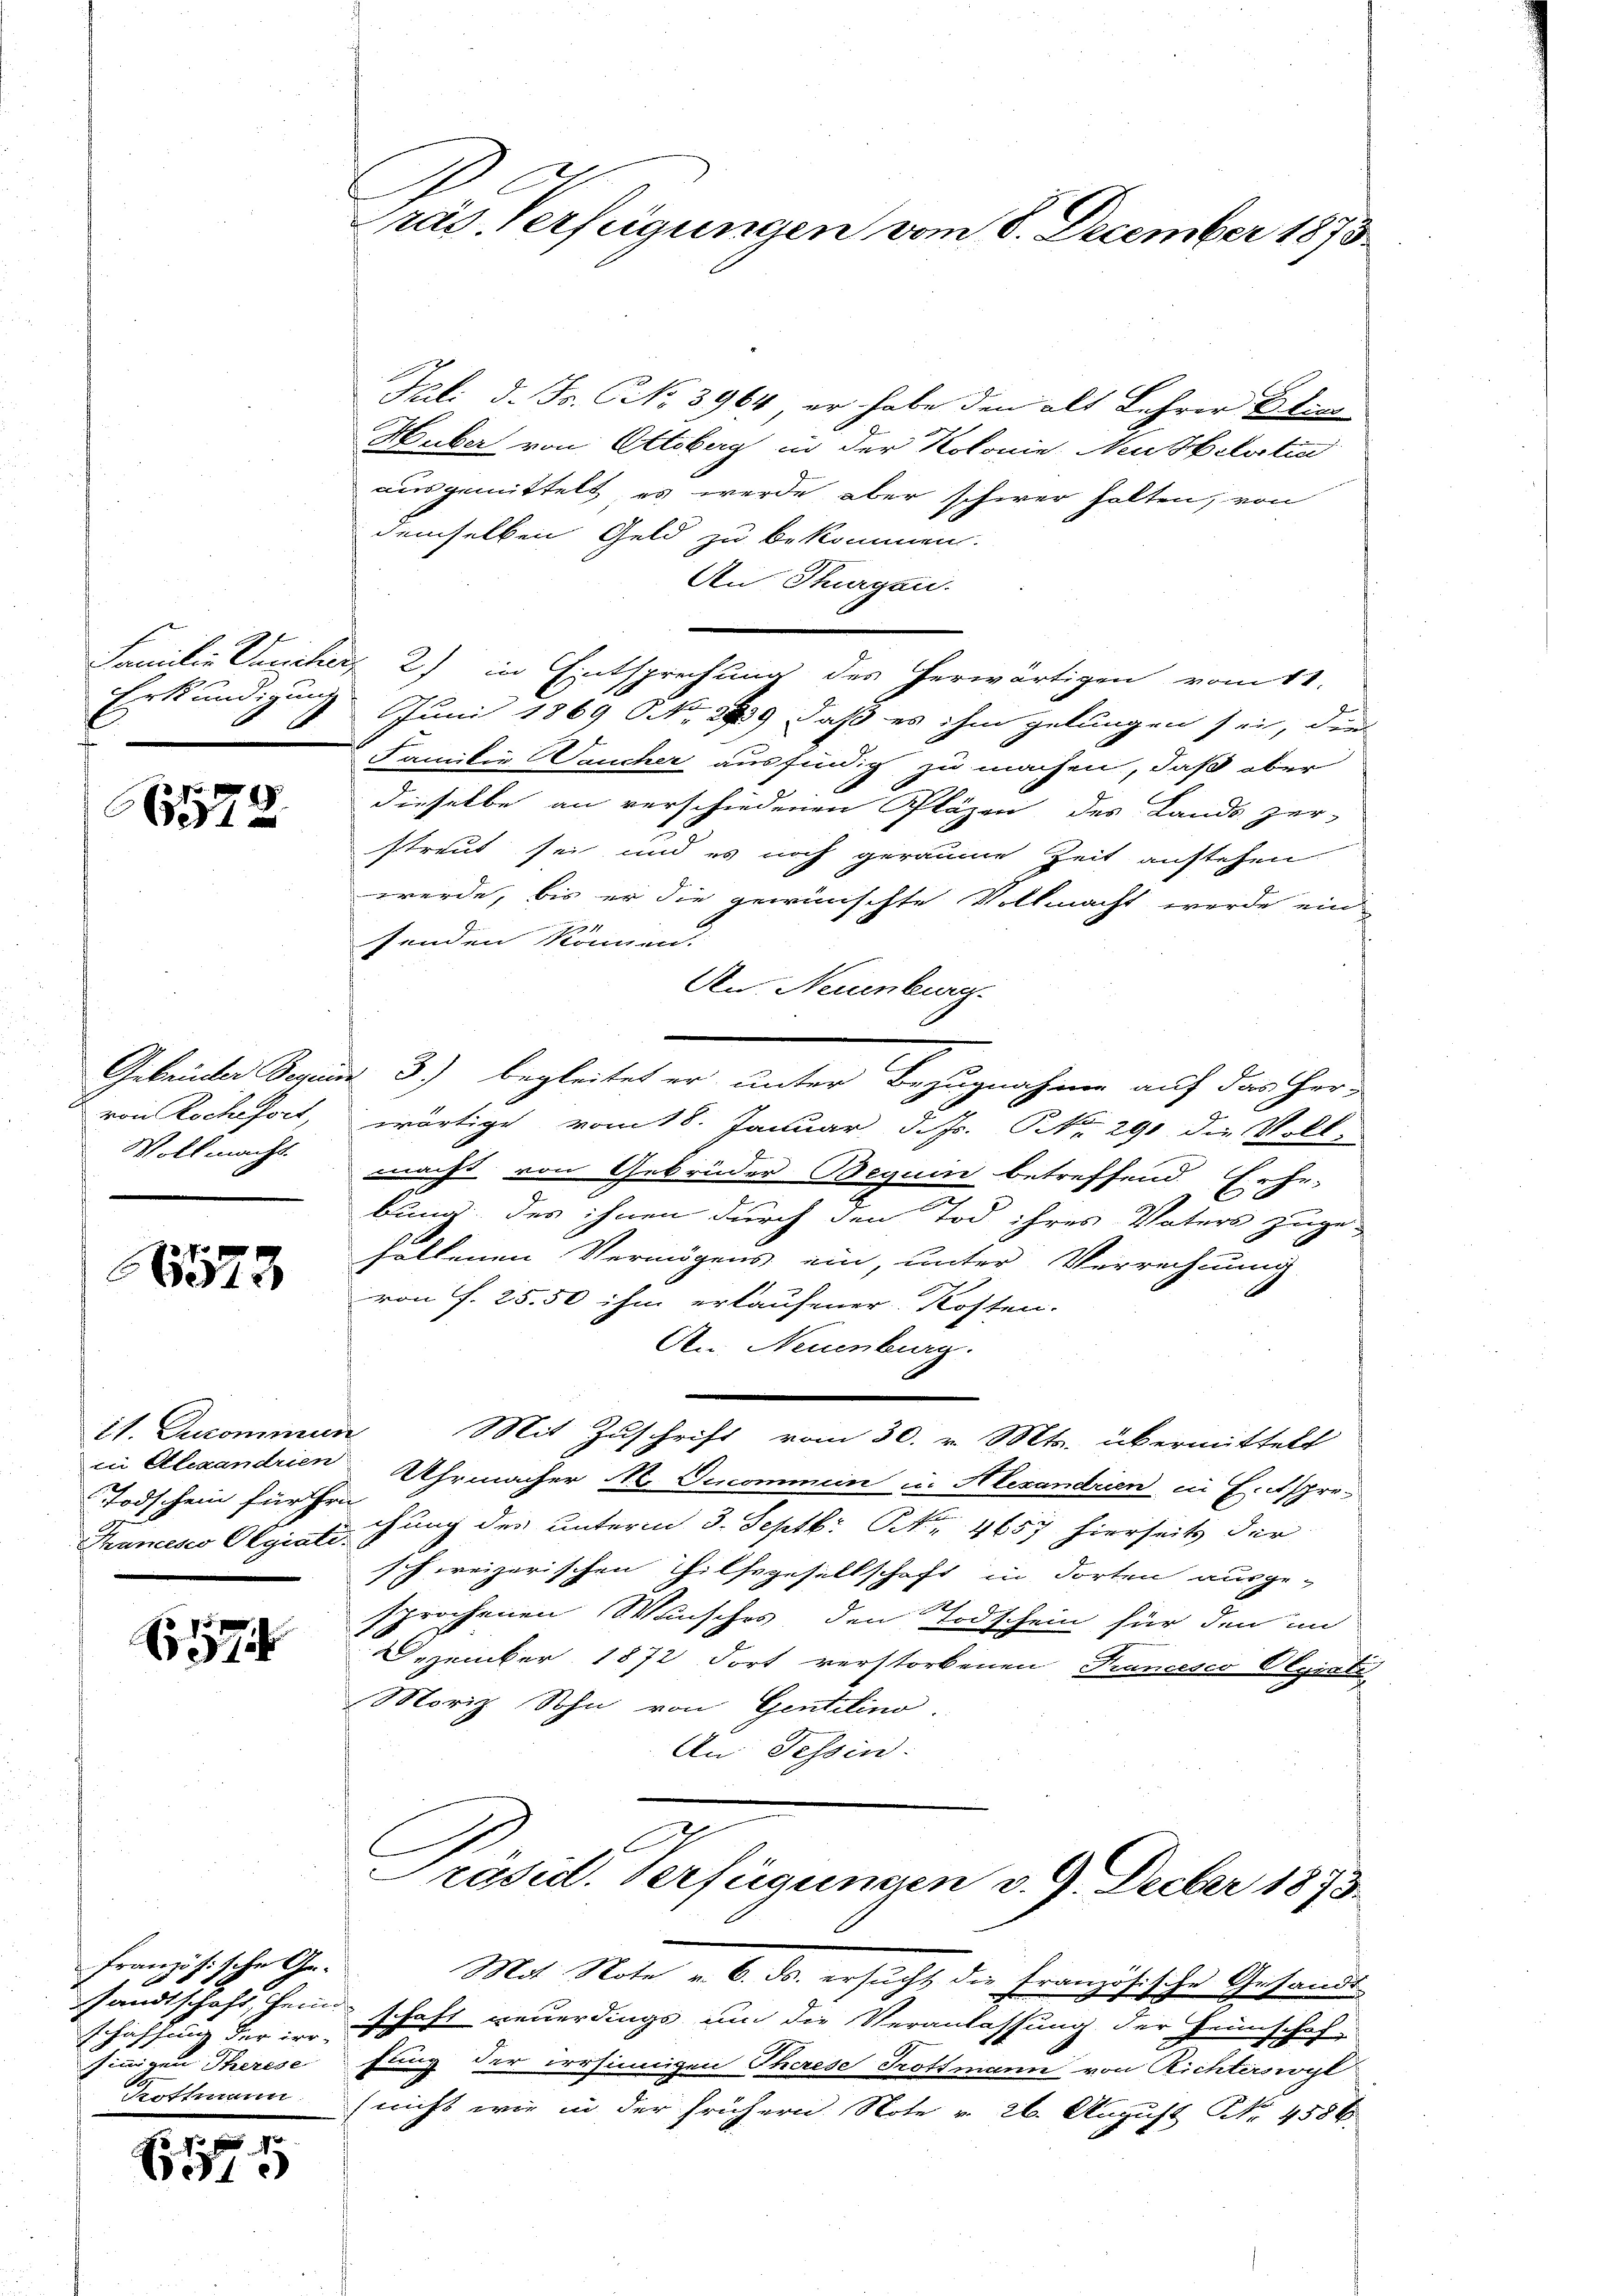
Präs. Verfügungen vom 8. December 1873.

Juli d. Js. NNo. 3964, er habe den alt Lehrer Blin
Huber von Ottsberg in der Kolonie Neubelastia
ausgemittelt, es werde aber schwer halten, von
demselben Geld zu bekommen.
An Thurgau.

2) in Entsprechung des herwärtigen vom 11.
Juni 1869 NNo. 299, daß es ihm gelungen sei, den
Familie aucher ausfindig zu machen, daß aber
dieselbe an verschiedenen Pläzen des Lands zer-
streut sei und es noch geraume Zeit anstehen
werde, bis er die gewünschte Vollmacht werde ein
senden können.
An Neuenburg.
3) begleitet er unter Bezugnahme auf das Herz
wärtige vom 18. Januar d. Js. NNo. 291 die Voll
macht von Gebrüder Beguin betreffend Erhe
bung des ihnen durch den Tod ihres Vaters zuge-
sollenen Vermögens ein, unter Verrechnung
von f. 25. 50 ihm erlaufener Kosten.
An Neuenburg.
Mit Zuschrift vom 30. v. Mts. übermittelt
Uhrmacher M. Decommen in Alexandren in Entspree
chung des unterm 3. Septb. Nr. 4657 hierseits der
schweizerischen Hilfsgesellschaft in dorten ausge-
sprochenen Wunsches den Todschein für den im
Dezember 1872 dort verstorbenen Francesco Ograti
Moriz Sohn von Gentelino.
An Tessin.
Präsid. Verfügungen v. 9. Decbr 1873

Familie Planeten
Erkundigung

79
651

Gebrücker Beginne
von Roche fort,
Vollmacht.

6523

11. Decommun
in Alexandrien.
Todschein für ihr
Thumesco Olgiati

1574

Mas Note v. 6. ds. ersucht die Französische Gesandt
sandtschaft, heim schaft neuerdings um die Veranlassung der Heimschaf-
fung der irrsinnigen Therese Trottmann von Richternogl
(nicht wie in der frühern. Note v. 26. August Nr. 4586

französische Geschäffes, der irr-
sinnigen Therese
Trottmann

1

1